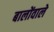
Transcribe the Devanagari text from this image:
बालोंवाले